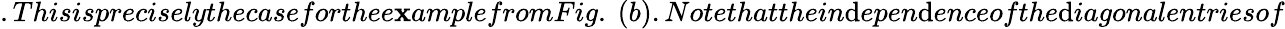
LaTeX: .Thisispreciselythecaseforthee\mathbf{x}amplefromFig.~(b).Notethatthein\mathrm{d}epen\mathrm{d}enceofthe\mathrm{d}iagonalentriesof